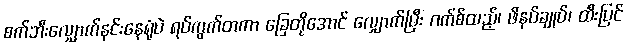
စက်ဘီးလျှောက်နင်းနေရုံပဲ ရပ်ကွက်တကာ ခြေတိုအောင် လျှောက်ပြီး ဂက်စ်ထည့်၊ ဖိနပ်ချုပ်၊ ထီးပြင်